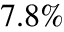
7 . 8 \%